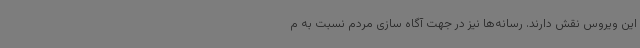
این ویروس نقش دارند. رسانه‌ها نیز در جهت آگاه سازی مردم نسبت به م